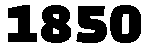
1850